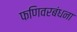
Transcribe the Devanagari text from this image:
फणिवरबंधना